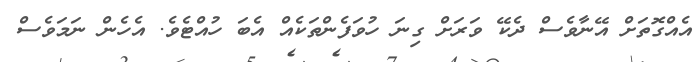
އެއްގޮތަށް އޭނާވެސް ދެކޭ ވަރަށް ގިނަ ހުވަފެންތަކެއް އެބަ ހުއްޓެވެ. އެހެން ނަމަވެސް